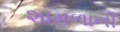
શામળાની